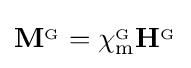
\mathbf {M} ^{_{\mathrm {G} }}=\chi _{\mathrm {m} }^{_{\mathrm {G} }}\mathbf {H} ^{_{\mathrm {G} }}